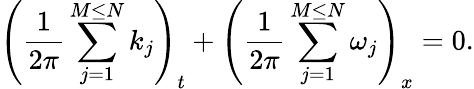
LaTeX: \left(\frac{1}{2\pi}\sum_{j=1}^{M\leq N}k_{j}\right)_{t}+\left(\frac{1}{2\pi}\sum_{j=1}^{M\leq N}\omega_{j}\right)_{x}=0.